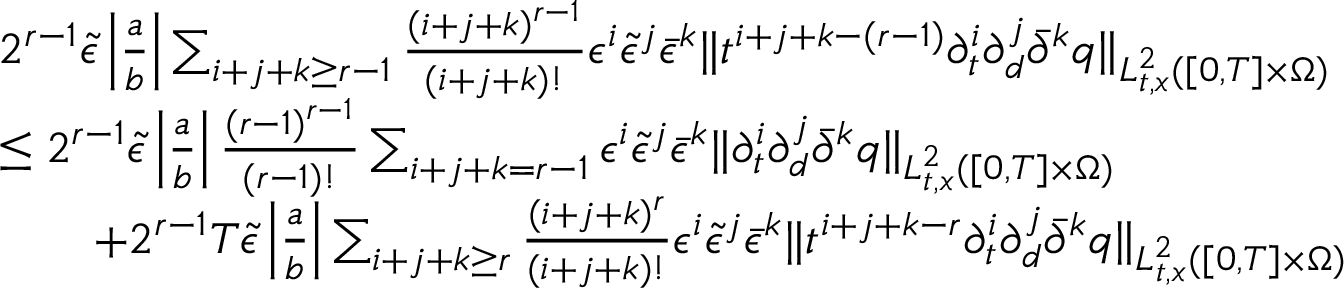
\begin{array} { r l } & { 2 ^ { r - 1 } \tilde { \epsilon } \left| \frac { a } { b } \right| \sum _ { i + j + k \ge r - 1 } \frac { ( i + j + k ) ^ { r - 1 } } { ( i + j + k ) ! } \epsilon ^ { i } \tilde { \epsilon } ^ { j } \bar { \epsilon } ^ { k } \| t ^ { i + j + k - ( r - 1 ) } \partial _ { t } ^ { i } \partial _ { d } ^ { j } \bar { \partial } ^ { k } q \| _ { L _ { t , x } ^ { 2 } ( [ 0 , T ] \times \Omega ) } } \\ & { \le 2 ^ { r - 1 } \tilde { \epsilon } \left| \frac { a } { b } \right| \frac { ( r - 1 ) ^ { r - 1 } } { ( r - 1 ) ! } \sum _ { i + j + k = r - 1 } \epsilon ^ { i } \tilde { \epsilon } ^ { j } \bar { \epsilon } ^ { k } \| \partial _ { t } ^ { i } \partial _ { d } ^ { j } \bar { \partial } ^ { k } q \| _ { L _ { t , x } ^ { 2 } ( [ 0 , T ] \times \Omega ) } } \\ & { \quad \quad + 2 ^ { r - 1 } T \tilde { \epsilon } \left| \frac { a } { b } \right| \sum _ { i + j + k \ge r } \frac { ( i + j + k ) ^ { r } } { ( i + j + k ) ! } \epsilon ^ { i } \tilde { \epsilon } ^ { j } \bar { \epsilon } ^ { k } \| t ^ { i + j + k - r } \partial _ { t } ^ { i } \partial _ { d } ^ { j } \bar { \partial } ^ { k } q \| _ { L _ { t , x } ^ { 2 } ( [ 0 , T ] \times \Omega ) } } \end{array}